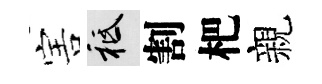
害祇割杷親